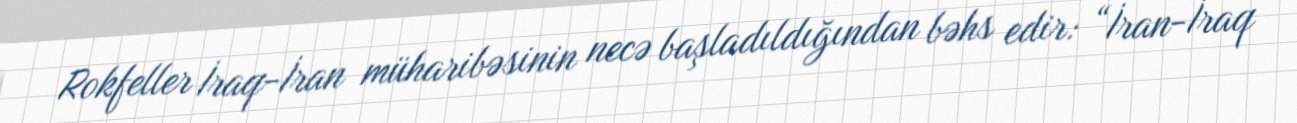
Rokfeller İraq-İran müharibəsinin necə başladıldığından bəhs edir: “İran-İraq